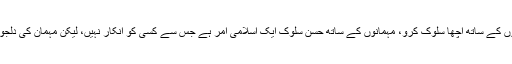
مہمان نوازی یقینا قابل تحسین عمل ہے اور اسلام اس بات کا حکم بھی دیتا ہے کہ اپنے مہمانوں کے ساتھ اچھا سلوک کرو، مہمانوں کے ساتھ حسن سلوک ایک اسلامی امر ہے جس سے کسی کو انکار نہیں، لیکن مہمان کی دلجوئی کے لیے ایسا قدم اٹھانا جو خلاف شریعت ہو اسلام اس بات کی ہر گز اجازت نہیں دیتا ہے۔